Civil Veterinary Department. Madras. Admin. report 1926-33 - 1926-1933
Year: 1926
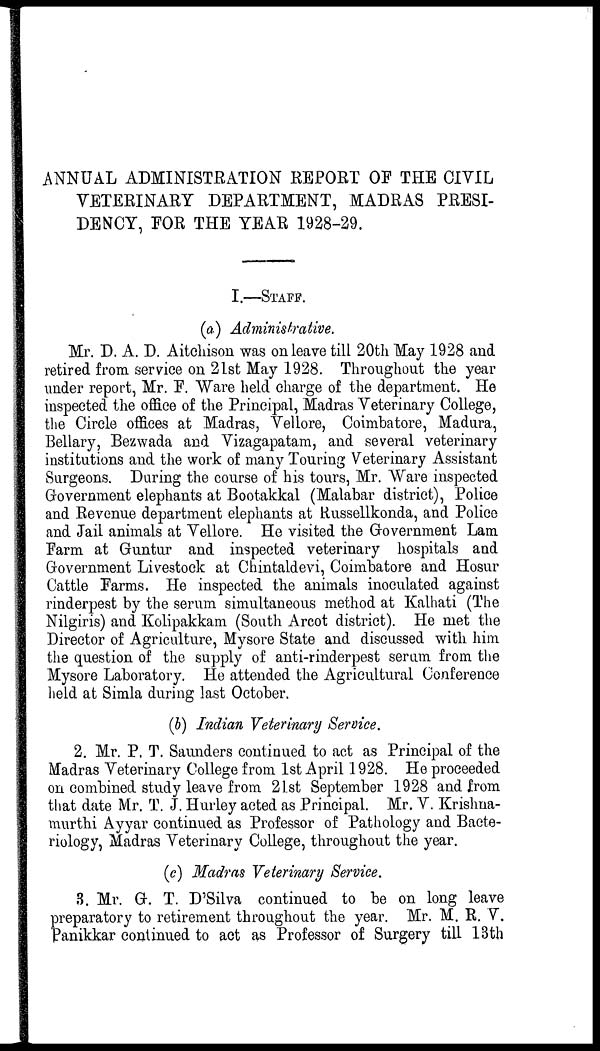
ANNUAL ADMINISTRATION REPORT OF THE CIVIL
VETERINARY DEPARTMENT, MADRAS PRESI-
DENCY, FOR THE YEAR 1928-29.
I.—STAFF.
(a) Administrative.
Mr. D. A. D. Aitchison was on leave till 20th May 1928 and
retired from service on 21st May 1928. Throughout the year
under report, Mr. F. Ware held charge of the department. He
inspected the office of the Principal, Madras Veterinary College,
the Circle offices at Madras, Vellore, Coimbatore, Madura,
Bellary, Bezwada and Vizagapatam, and several veterinary
institutions and the work of many Touring Veterinary Assistant
Surgeons. Daring the course of his tours, Mr. Ware inspected
Government elephants at Bootakkal (Malabar district), Police
and Revenue department elephants at Russellkonda, and Police
and Jail animals at Vellore. He visited the Government Lam
Farm at Guntur and inspected veterinary hospitals and
Government Livestock at Chintaldevi, Coimbatore and Hosur
Cattle Farms. He inspected the animals inoculated against
rinderpest by the serum simultaneous method at Kalhati (The
Nilgiris) and Kolipakkam (South Arcot district). He met the
Director of Agriculture, Mysore State and discussed with him
the question of the supply of anti-rinderpest serum from the
Mysore Laboratory. He attended the Agricultural Conference
held at Simla during last October.
(b) Indian Veterinary Service.
2. Mr. P. T. Saunders continued to act as Principal of the
Madras Veterinary College from 1st April 1928. He proceeded
on combined study leave from 21st September 1928 and from
that date Mr. T. J. Hurley acted as Principal. Mr. V. Krishna-
murthi Ayyar continued as Professor of Pathology and Bacte-
riology, Madras Veterinary College, throughout the year.
(c) Madras Veterinary Service.
3. Mr. G. T. D'Silva continued to be on long leave
preparatory to retirement throughout the year. Mr. M. R. V.
Panikkar continued to act as Professor of Surgery till 13th